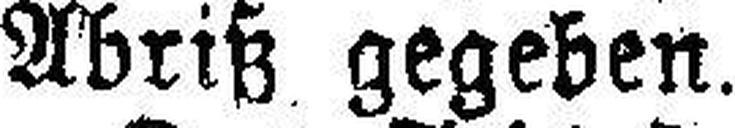
Abriß gegeben.